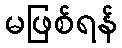
မဖြစ်ရန်